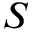
\boldsymbol { S }